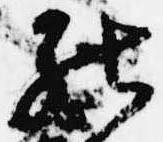
被